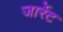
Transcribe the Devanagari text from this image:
जार्रेट